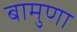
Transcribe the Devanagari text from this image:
बामुणा